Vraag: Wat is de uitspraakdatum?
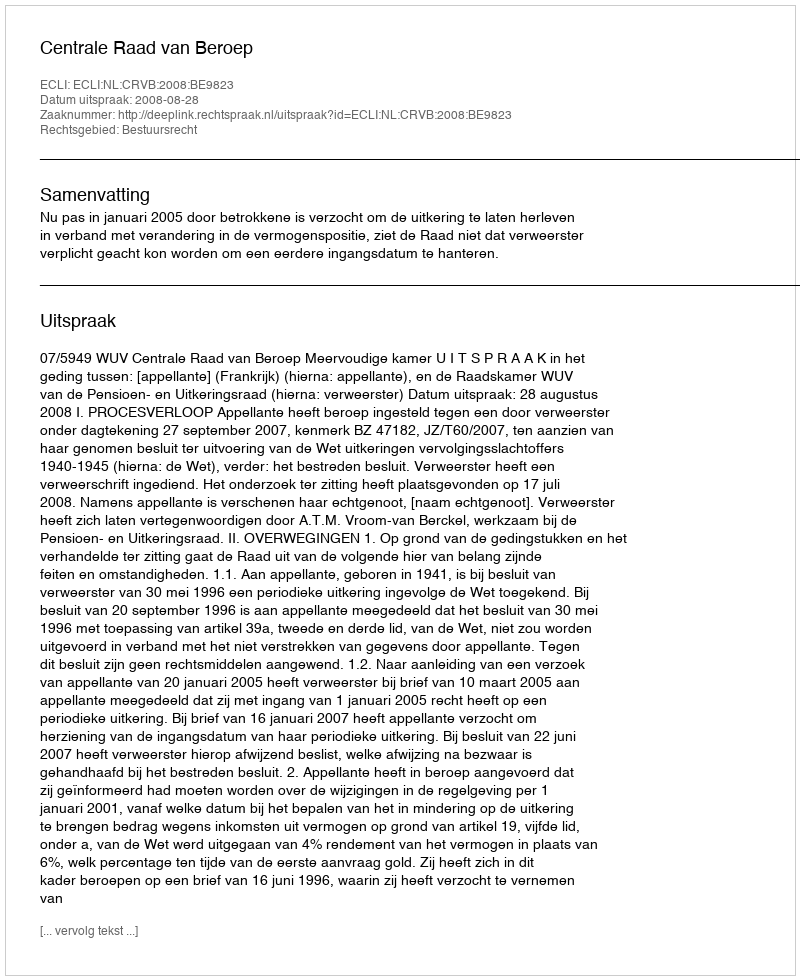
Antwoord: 2008-08-28